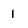
Character: I